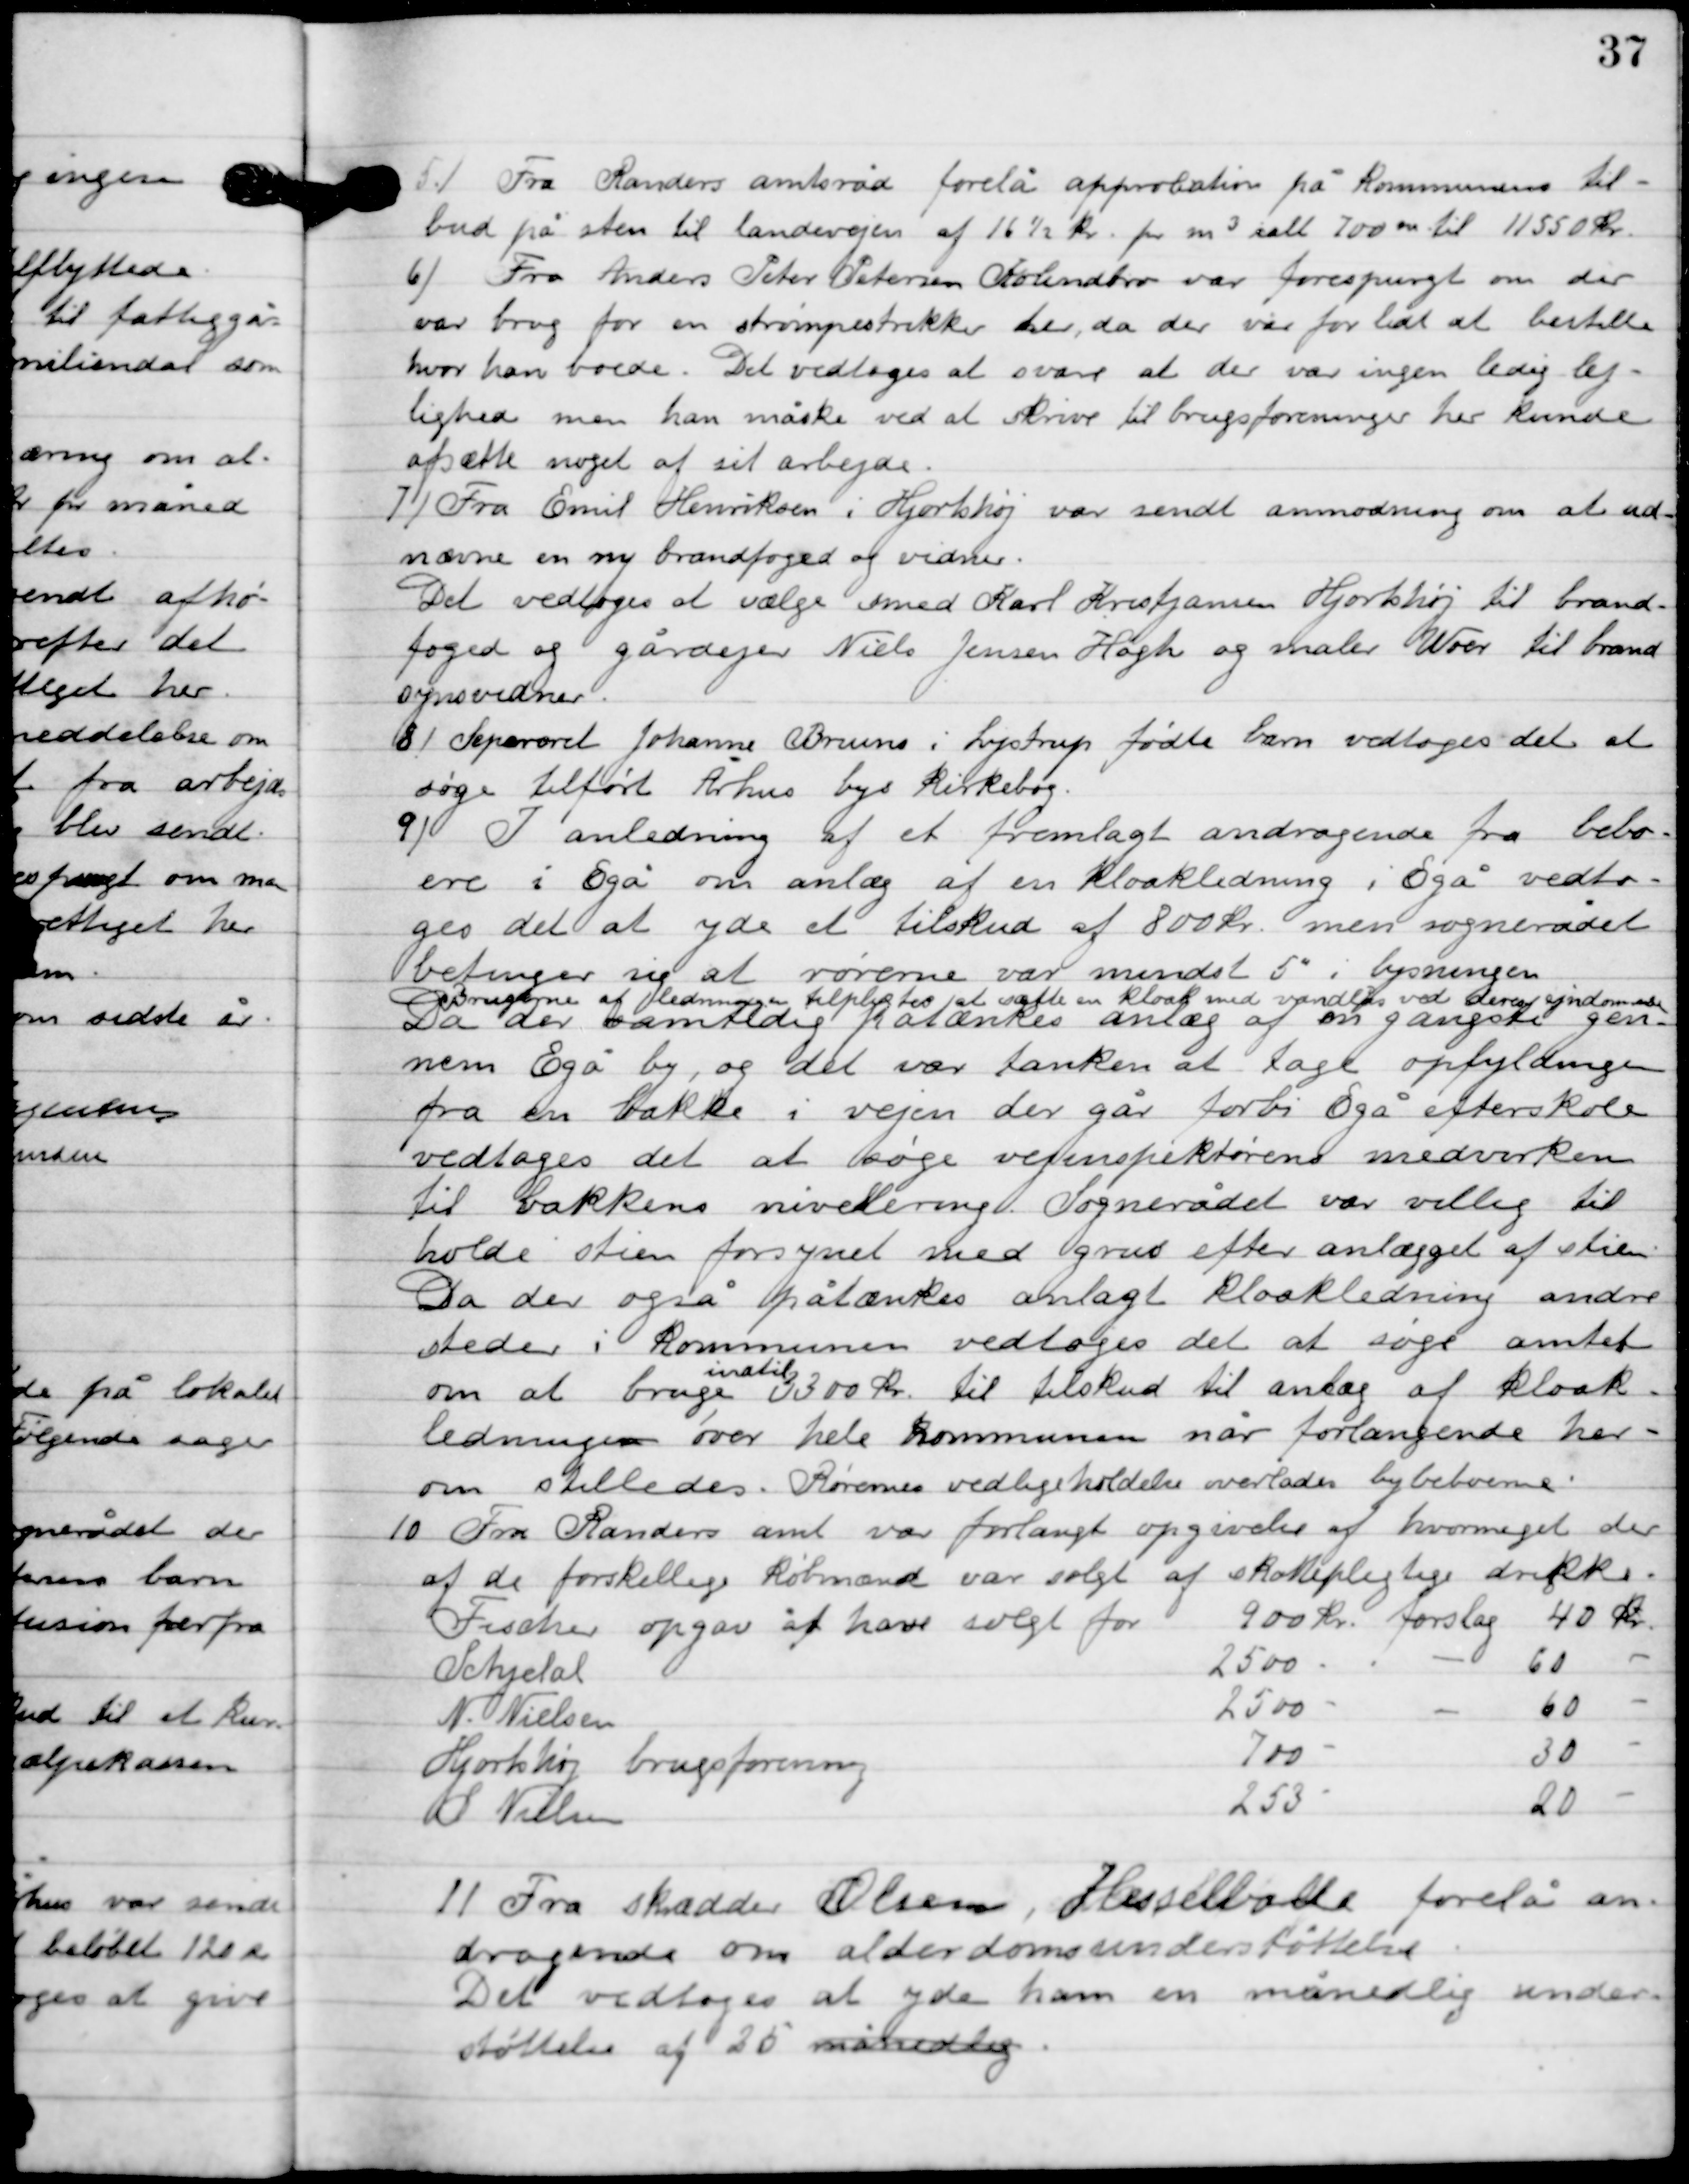
Transskription:
5

Fra Randers amtsråd forelå approbation på Kommunens til-
bud på sten til andevejen af 16½ kr. for m3 i alt 700 kr. til 1155 kr.

6

Fra Anders Peter Petersen Kolindbro var forespurgt om der
 var brug for en stømpestrikker her da der var for lidt at bestille
hvor han boede. Det vedtoges at svare at der var ingen ledige lej-
lighed men han måske ved at skrive til brugsforeningen her kunde
afsætte noget af sit arbejde.

7

Fra Emil Henriksen i Hjortshøj var sendt anmodning om at ud-
nævne en ny brandfoged og vidner.
Det vedtoges at vælge smed Karl Kristjansen Hjortshøj til brand-
foged og gårdejer Niels Jensen Høgh og maler Woer til brand-
synsvidner.

8

Separoret Johanne Bruns i Lystrup fødte barn vedtoges det at 
søge tilført Århus bys Kirkebog.

9

I anledning af et fremlagt andragende fra bebo-
erne i Egå om anlæg af en kloakledning i Egå vedtog-
es det at yde et tilskud af 800 kr. men sognerådet 
betinger sig at rørene var mindst 5” i lysningen.
Brugerne og ledningen tilpligtes at vælge en kloak med vandlås ved deres ejndomes.
Da der samtidig tænkes anlæg af en gangsti gen-
nem Egå by, og det var tanken at tage opfyldningen 
fra en bakke i vejen der går forbi Egå efterskole 
vedtoges det at søge vejinspektørens medvirken 
til bakkens nivellering. Sognerådet var villig til 
holde stien forsynet med grus efter anlægget af stien. 
Da der også påtænkes anlagt kloakledning andre 
steder i Kommunen vedtoges det at søge amtet 
om at bruge
indtil
3300 kr. til tilskud til anlæg af kloak 
ledning over hele Kommunen når forlangende her-
om stilledes. Rørenes vedligeholdelse overlades beboerne.

10

11

Fra skrædder Olsen, Hesselballe forelå an-
dragende om alderdomsunderstøttelse.
Det vedtoges at yde ham en månedlig under-
støttelse af 25 månedlig.